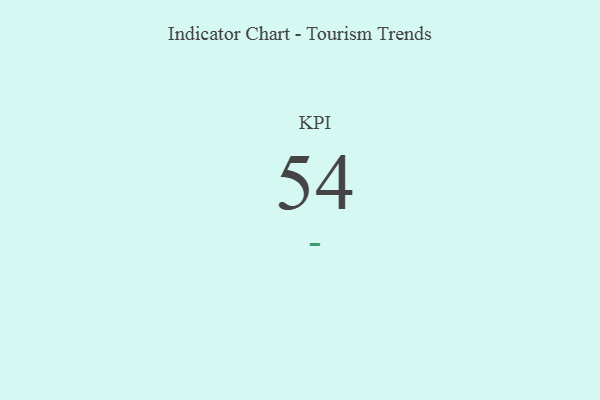
{"axis": {"x": "KPI", "y": "Value"}, "legend": [""], "data": [{"x": "KPI", "y": 54, "type": ""}]}